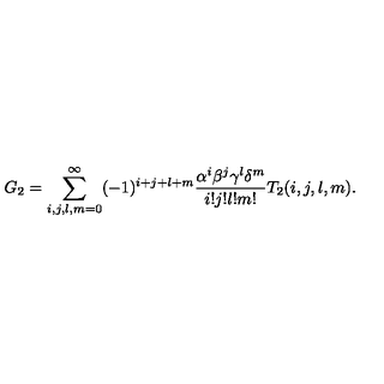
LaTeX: G _ { 2 } = \sum _ { i , j , l , m = 0 } ^ { \infty } ( - 1 ) ^ { i + j + l + m } \frac { \alpha ^ { i } \beta ^ { j } \gamma ^ { l } \delta ^ { m } } { i ! j ! l ! m ! } T _ { 2 } ( i , j , l , m ) .